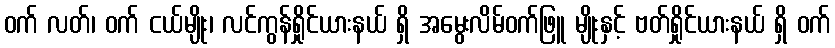
ဝက် လတ်၊ ဝက် ငယ်မျိုး၊ လင်ကွန်ရှိုင်ယားနယ် ရှိ အမွေးလိမ်ဝက်ဖြူ မျိုးနှင့် ဗတ်ရှိုင်ယားနယ် ရှိ ဝက်